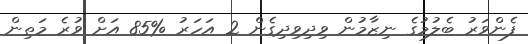
ފެންވަރު ބެލުމުގެ ނިޒާމުން ވިދިވިދިގެން 2 އަހަރު %85 އަށް ވުރެ މަތިން